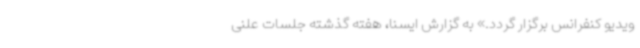
ویدیو کنفرانس برگزار گردد.» به گزارش ایسنا، هفته گذشته جلسات علنی